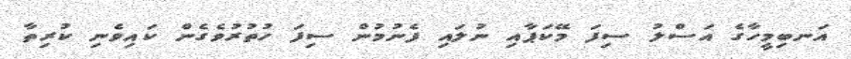
އަނބިމީހާގެ އަސްލު ސިފަ މޭކަޕާއި ނުލައި ފެނުމުން ސިފަ ހުތުރުވެގެން ކައިވެނި ކުރިތާ